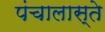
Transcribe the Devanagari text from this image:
पंचालास्ते